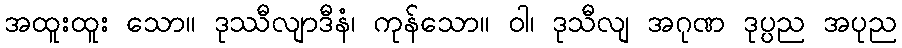
အထူးထူး သော။ ဒုဿီလျာဒီနံ၊ ကုန်သော။ ဝါ၊ ဒုသီလျ အဂုဏ ဒုပ္ပည အပုည